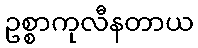
ဥစ္စာကုလီနတာယ